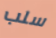
سلب